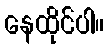
နေထိုင်ပါ။